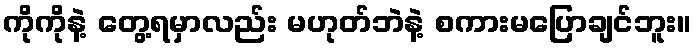
ကိုကိုနဲ့ တွေ့ရမှာလည်း မဟုတ်ဘဲနဲ့ စကားမပြောချင်ဘူး။